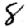
Digit: 8